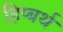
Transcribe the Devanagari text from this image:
हिप्बर्थ